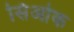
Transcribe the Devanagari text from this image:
सिओक